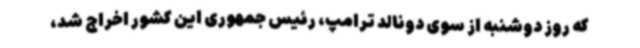
که روز دوشنبه از سوی دونالد ترامپ، رئیس جمهوری این کشور اخراج شد،